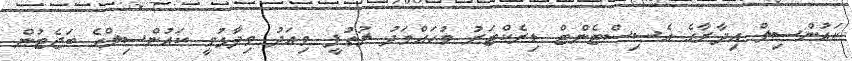
ކައުންސިލް އިދާރާގެ އެސިސްޓެންޓް ޑިރެކްޓަރު މުހައްމަދު ލުތުފީ މިއަދު ވިދާޅުވީ ކައުންސިލްގެ ބަޖެޓުން